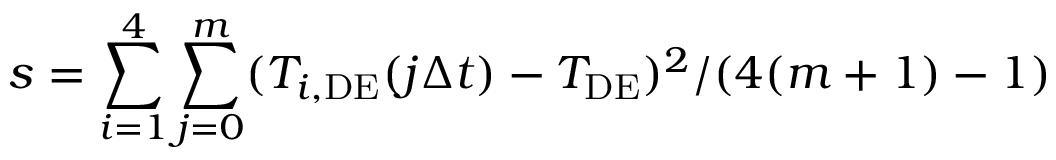
s = \sum _ { i = 1 } ^ { 4 } \sum _ { j = 0 } ^ { m } ( T _ { i , \mathrm { D E } } ( j \Delta t ) - T _ { \mathrm { D E } } ) ^ { 2 } / ( 4 ( m + 1 ) - 1 )